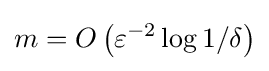
m=O\left(\varepsilon ^{-2}\log 1/\delta \right)